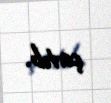
çatıb.